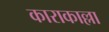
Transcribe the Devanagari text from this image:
काराकाल्ला